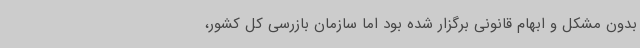
بدون مشکل و ابهام قانونی برگزار شده بود اما سازمان بازرسی کل کشور،